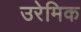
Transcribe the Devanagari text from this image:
उरेमिक